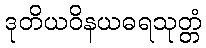
ဒုတိယဝိနယဓရသုတ္တံ